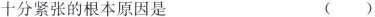
十分紧张的根本原因是 （）